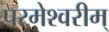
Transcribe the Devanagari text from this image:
परमेश्वरीम्